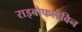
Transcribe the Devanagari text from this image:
राइबोफलेविन